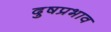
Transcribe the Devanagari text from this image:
दुषप्रभाव